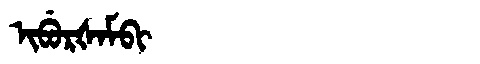
Manchu: ᡳᠪᡠᡵᡧᠠᠮᠪᡳ
Romanization: IBURŠAMBI